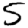
Digit: 5